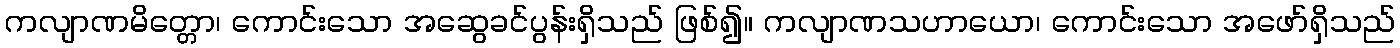
ကလျာဏမိတ္တော၊ ကောင်းသော အဆွေခင်ပွန်းရှိသည် ဖြစ်၍။ ကလျာဏသဟာယော၊ ကောင်းသော အဖော်ရှိသည်